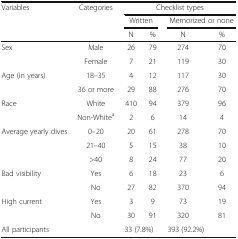
| <ROWSPAN=3> Variables | <ROWSPAN=3> Categories | <COLSPAN=4> Checklist types |
 | <COLSPAN=2> Written | <COLSPAN=2> Memorized or none |
 | N | % | N | % |
 | --- | --- | --- | --- | --- | --- |
 | <ROWSPAN=2> Sex | Male | 26 | 79 | 274 | 70 |
 | Female | 7 | 21 | 119 | 30 |
 | <ROWSPAN=2> Age (in years) | 18–35 | 4 | 12 | 117 | 30 |
 | 36 or more | 29 | 88 | 276 | 70 |
 | <ROWSPAN=2> Race | White | 410 | 94 | 379 | 96 |
 | Non-Whitea | 2 | 6 | 14 | 4 |
 | <ROWSPAN=3> Average yearly dives | 0–20 | 20 | 61 | 278 | 70 |
 | 21–40 | 5 | 15 | 38 | 10 |
 | >40 | 8 | 24 | 77 | 20 |
 | <ROWSPAN=2> Bad visibility | Yes | 6 | 18 | 23 | 6 |
 | No | 27 | 82 | 370 | 94 |
 | <ROWSPAN=2> High current | Yes | 3 | 9 | 73 | 19 |
 | No | 30 | 91 | 320 | 81 |
 | <COLSPAN=2> All participants | <COLSPAN=2> 33 (7.8%) | <COLSPAN=2> 393 (92.2%) |